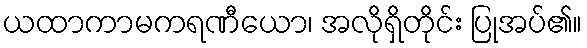
ယထာကာမကရဏီယော၊ အလိုရှိတိုင်း ပြုအပ်၏။